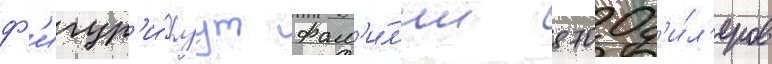
ф'игур'и́руут фам'и́л'ии 8700 д'и́л'еров